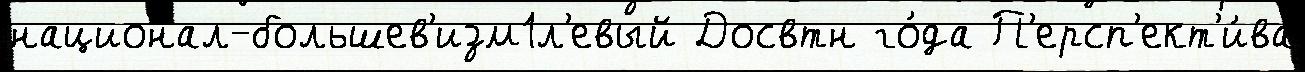
национал-большев'изм1л'евый Досвтн го́да П'ерсп'ект'и́ва